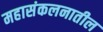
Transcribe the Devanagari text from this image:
महासंकलनातील